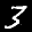
Label: 3